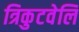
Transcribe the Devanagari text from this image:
त्रिकुटवेलि